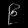
Digit: ၉